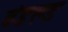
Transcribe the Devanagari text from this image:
बंडल्ड